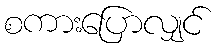
စကားပြောလျှင်